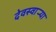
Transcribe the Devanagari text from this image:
देवस्वार्‍या